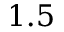
1 . 5